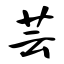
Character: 芸